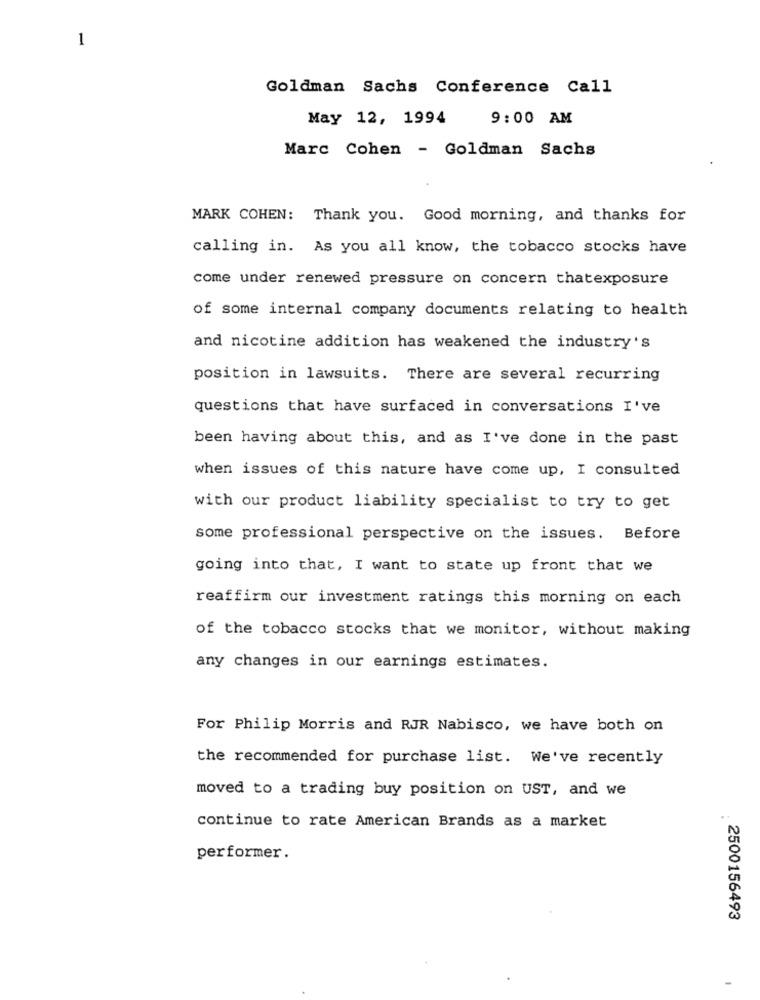
1
Goldman Sachs Conference Call
May 12, 1994
9:00 AM
Marc Cohen - Goldman Sachs
MARK COHEN: Thank you. Good morning, and thanks for
calling in. As you all know, the tobacco stocks have
come under renewed pressure on concern thatexposure
of some internal company documents relating to health
and nicotine addition has weakened the industry's
position in lawsuits. There are several recurring
questions that have surfaced in conversations I've
been having about this, and as I've done in the past
when issues of this nature have come up, I consulted
with our product liability specialist to try to get
some professional perspective on the issues. Before
going into that, I want to state up front that we
reaffirm our investment ratings this morning on each
of the tobacco stocks that we monitor, without making
any changes in our earnings estimates.
For Philip Morris and RJR Nabisco, we have both on
the recommended for purchase list. We've recently
moved to a trading buy position on UST, and we
continue to rate American Brands as a market
2
performer.
2500156493